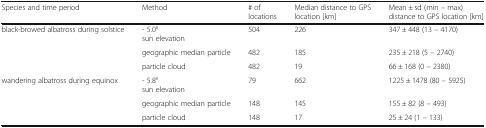
<table><thead><tr><td><b>Species and time period</b></td><td><b>Method</b></td><td><b># of locations</b></td><td><b>Median distance to GPS location [km]</b></td><td><b>Mean ± sd (min – max) distance to GPS location [km]</b></td></tr></thead><tbody><tr><td>black-browed albatross during solstice</td><td>- 5.0°sun elevation</td><td>504</td><td>226</td><td>347 ± 448 (13 – 4170)</td></tr><tr><td></td><td>geographic median particle</td><td>482</td><td>185</td><td>235 ± 218 (5 – 2740)</td></tr><tr><td></td><td>particle cloud</td><td>482</td><td>19</td><td>66 ± 168 (0 – 2380)</td></tr><tr><td>wandering albatross during equinox</td><td>- 5.8°sun elevation</td><td>79</td><td>662</td><td>1225 ± 1478 (80 – 5925)</td></tr><tr><td></td><td>geographic median particle</td><td>148</td><td>145</td><td>155 ± 82 (8 – 493)</td></tr><tr><td></td><td>particle cloud</td><td>148</td><td>17</td><td>25 ± 24 (1 – 133)</td></tr></tbody></table>